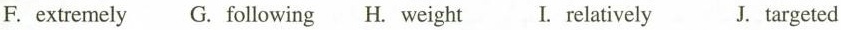
F. extremely G. following H. weight I. relatively J. targeted